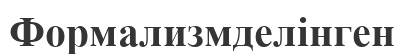
Формализмделінген